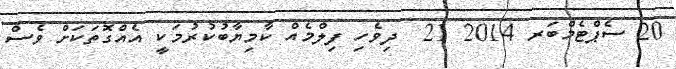
20 ސެޕްޓެމްބަރ 2014 21  ދިވެހި ފިލްމެއް ކާމިޔާބުކުރުމަކީ އެއްގޮތަކަށް ވެސް